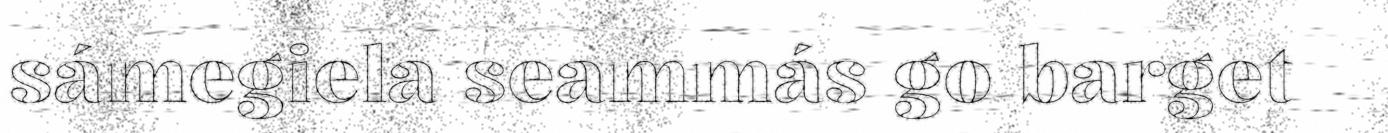
sámegiela seammás go barget